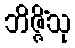
ဘိဇ္ဇိံသု